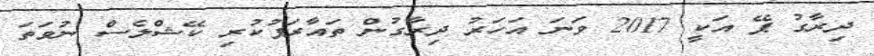
ދިރާގު ޕޭ އަކީ 2017 ވަނަ އަހަރު ދިރާގުން ތައާރަފުކުރި ކޭޝްލެސް ނުވަތަ